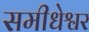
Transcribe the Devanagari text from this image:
समीधेश्वर